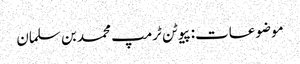
موضوعات:پیوٹن ٹرمپ محمد بن سلمان